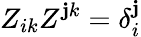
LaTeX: Z_{ik}Z^{\mathbf{j}k}=\delta_{i}^{\mathbf{j}}